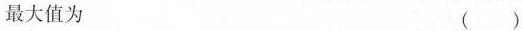
最大值为 ()